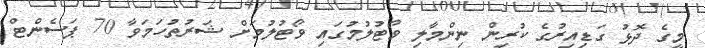
މީގެ ދޮޅު ގަޑިއިރުގެ ކުރިން ނިންމާލި ވޯޓުލުމުގައި ވޯޓުލުމަށް ޝަރުތުހަމަވާ 70 ޕަސެންޓް